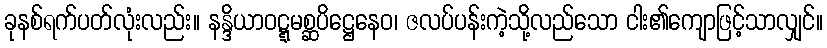
ခုနစ်ရက်ပတ်လုံးလည်း။ နန္ဒိယာဝဋ္ဋမစ္ဆပိဋ္ဌေနေဝ၊ ဇလပ်ပန်းကဲ့သို့လည်သော ငါး၏ကျောဖြင့်သာလျှင်။